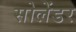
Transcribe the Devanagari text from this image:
सोलेंडर